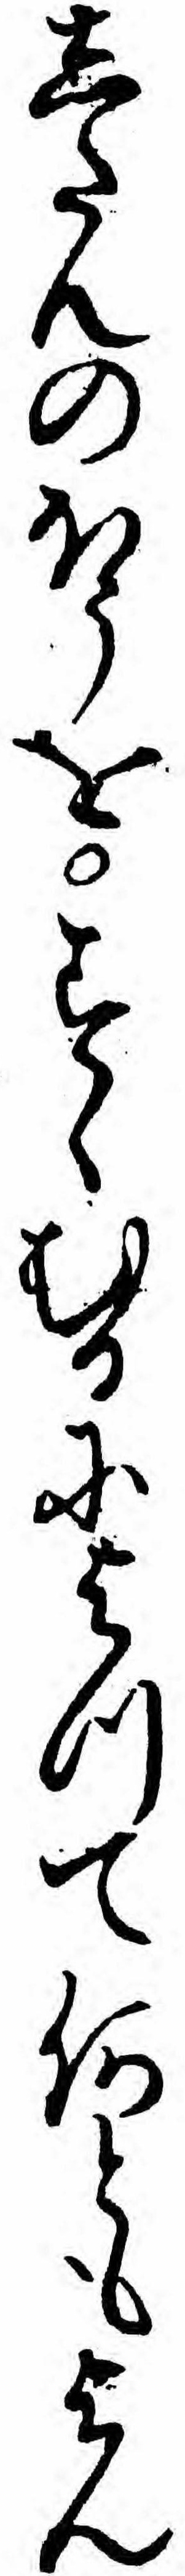
したんのほうをすゝむるによつて何ともよん